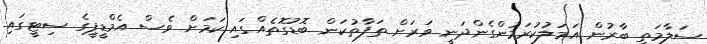
ސަލާމަތީ ބާރުން އަމަލުކުރަމުންގެންދަނީ ވަރަށް ތަފާތުކަން ބޮޑުގޮތެއްގައި ކަމަށް ވެސް އެމްޑީޕީގެ ސިޓީގައި